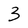
Character: 3